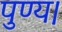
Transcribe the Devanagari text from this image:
पुण्य।